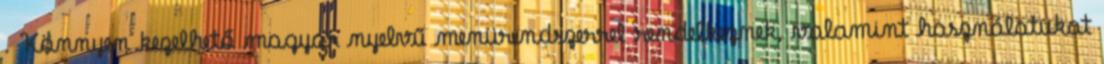
. Könnyen kezelhető magyar nyelvű menürendszerrel rendelkeznek, valamint használatukat